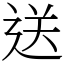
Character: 送